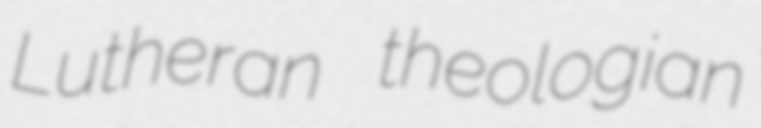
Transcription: Lutheran theologian